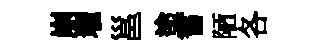
崩壠邕塗耆陋各